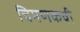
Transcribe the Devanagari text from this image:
चिमणकवी